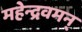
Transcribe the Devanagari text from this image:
महेन्द्रवमन्